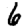
Digit: 6